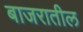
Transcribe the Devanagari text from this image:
बाजरातील